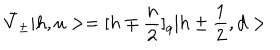
LaTeX: \bar { V } _ { \pm } | h , u > = [ h \mp { \frac { n } { 2 } } ] _ { q } | h \pm { \frac { 1 } { 2 } } , d >